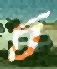
চ